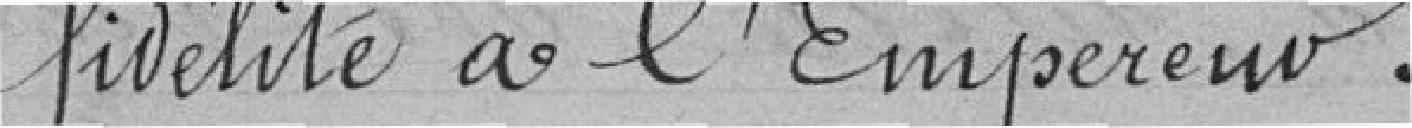
fidélité à l'Empereur